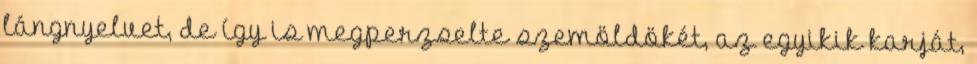
lángnyelvet, de így is megperzselte szemöldökét, az egyikik karját,